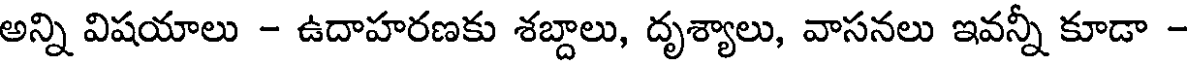
అన్ని విషయాలు - ఉదాహరణకు శబ్దాలు, దృశ్యాలు, వాసనలు ఇవన్నీ కూడా -